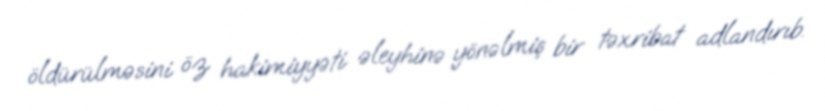
öldürülməsini öz hakimiyyəti əleyhinə yönəlmiş bir təxribat adlandırıb.